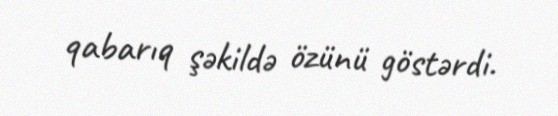
qabarıq şəkildə özünü göstərdi.